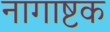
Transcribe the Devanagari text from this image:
नागाष्टक